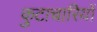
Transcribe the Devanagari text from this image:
कुटाचारियों